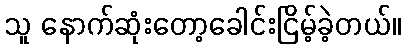
သူ နောက်ဆုံးတော့ခေါင်းငြိမ့်ခဲ့တယ်။